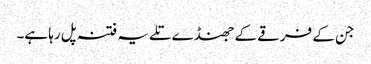
جن کے فرقے کے جھنڈے تلے یہ فتنہ پل رہا ہے۔